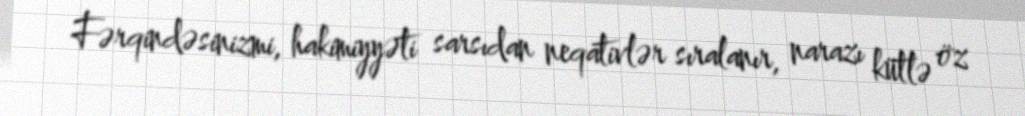
Fərqindəsinizmi, hakimiyyəti sarsıdan neqativlər sıralanır, narazı kütlə öz